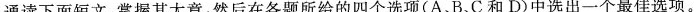
通读下面短文,掌握其大意,然后在各题所给的四个选项(A、B、C 和 D)中选出一个最佳选项.